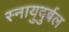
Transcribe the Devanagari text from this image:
स्नायुदुर्बल